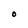
Character: O